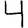
Digit: 4